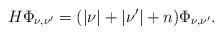
LaTeX: \begin{align*}H \Phi_{\nu,\nu'} = (|\nu|+|\nu'|+n)\Phi_{\nu,\nu'}.\end{align*}